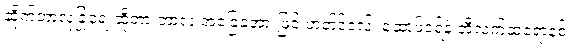
ဆိုက်ဘာလုံခြုံရေးဆိုတာ ဘာလဲ အခြေခံအားဖြင့် ဟတ်ဒ်ဝဲလ်၊ ဆော့ဖ်ဝဲရ်နဲ့ အီလက်ထရောနစ်